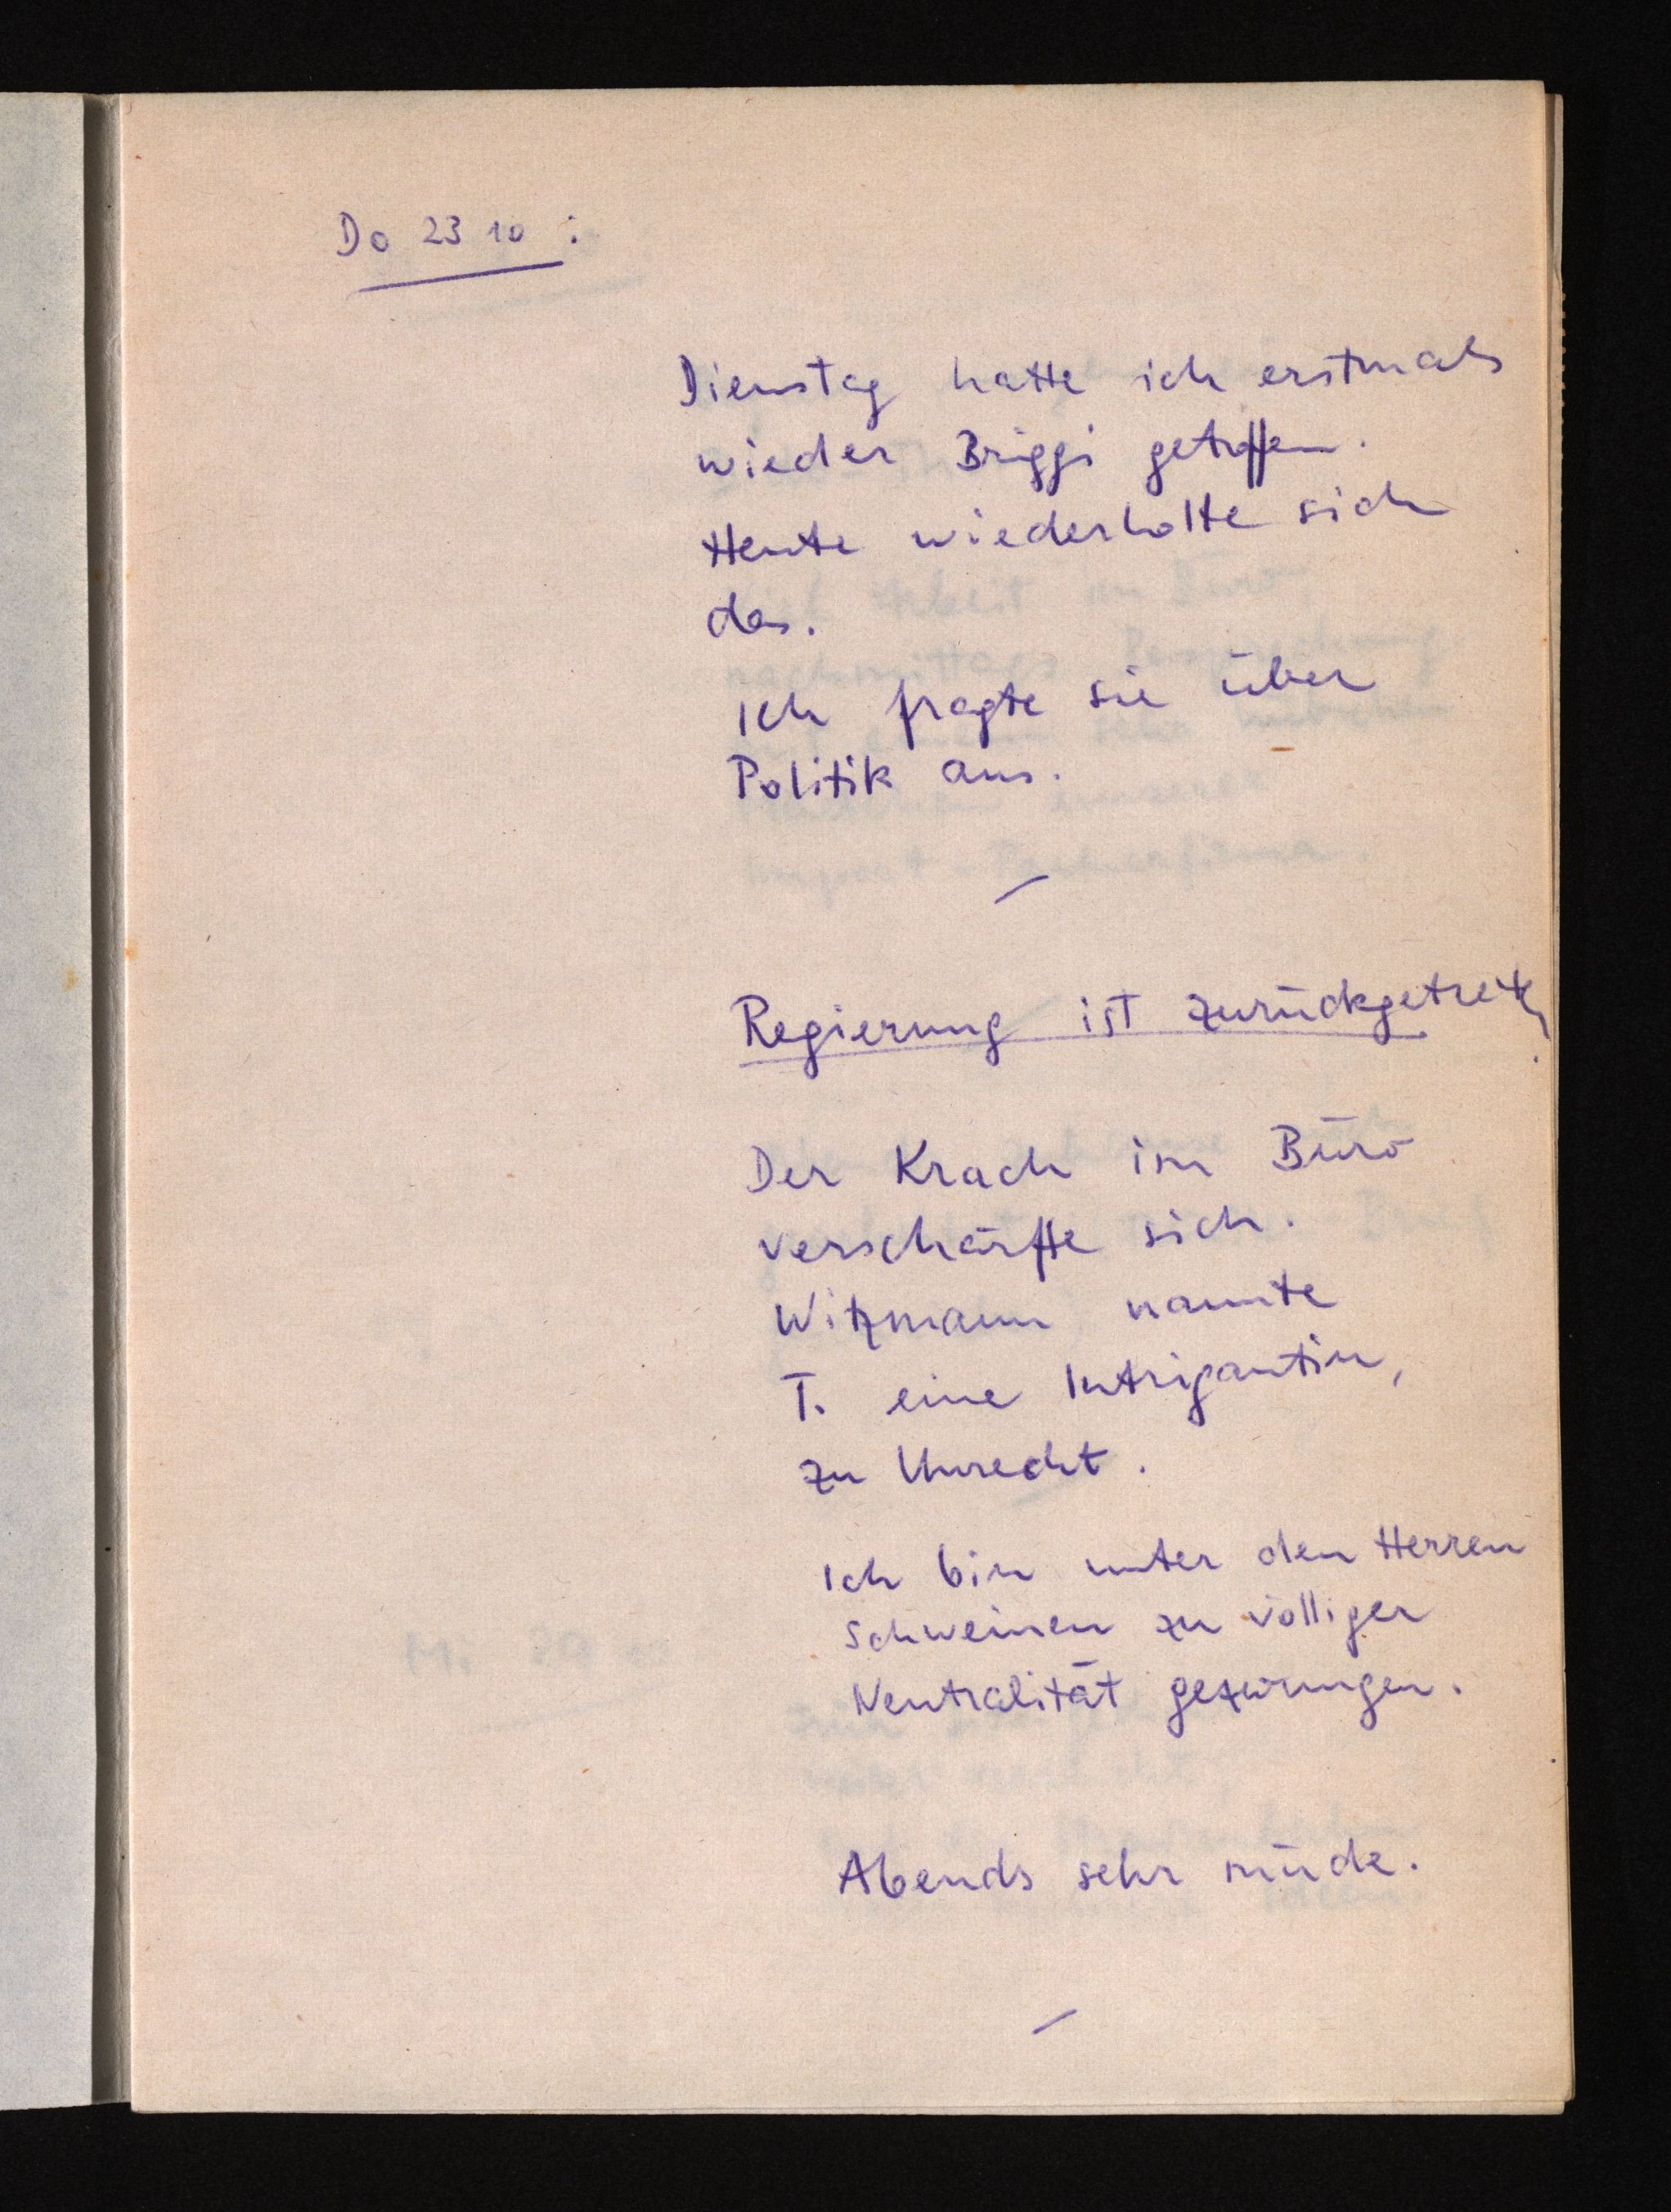
Do 23 10:
Dienstag hatte ich erstmals
wieder Briggi getroffen.
Heute wiederholte sich
das.
Ich fragte sie über
Politik aus.
Regierung ist zurückgetreten.
Der Krach im Büro
verschärfte sich.
Witzmann nannte
T. eine Intrigantin,
zu Unrecht.
Ich bin unter den Herren
Schweinen zu völliger
Neutralität gezwungen.
Abends sehr müde.